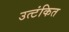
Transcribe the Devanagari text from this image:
उत्टंकित